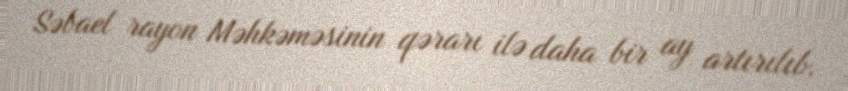
Səbael rayon Məhkəməsinin qərarı ilə daha bir ay artırılıb.